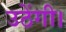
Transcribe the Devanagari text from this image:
उठेंगी।